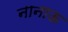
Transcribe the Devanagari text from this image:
नानाऊ